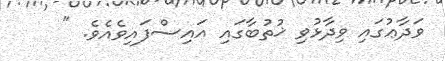
ވަދާޢުގައި ވިދާޅުވި ޚުތުބާގައި އައިސްފައިވެއެވެ. "